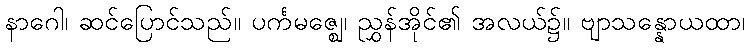
နာဂေါ၊ ဆင်ပြောင်သည်။ ပင်္ကမဇ္ဈေ၊ ညွှန်အိုင်၏ အလယ်၌။ ဗျာသန္နောယထာ၊